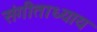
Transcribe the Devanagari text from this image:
संगीताध्याय